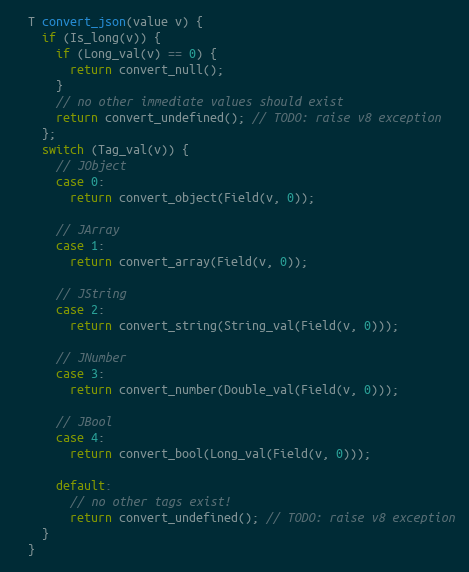
Language: C
  T convert_json(value v) {
    if (Is_long(v)) {
      if (Long_val(v) == 0) {
        return convert_null();
      }
      // no other immediate values should exist
      return convert_undefined(); // TODO: raise v8 exception
    };
    switch (Tag_val(v)) {
      // JObject
      case 0:
        return convert_object(Field(v, 0));

      // JArray
      case 1:
        return convert_array(Field(v, 0));

      // JString
      case 2:
        return convert_string(String_val(Field(v, 0)));

      // JNumber
      case 3:
        return convert_number(Double_val(Field(v, 0)));

      // JBool
      case 4:
        return convert_bool(Long_val(Field(v, 0)));

      default:
        // no other tags exist!
        return convert_undefined(); // TODO: raise v8 exception
    }
  }